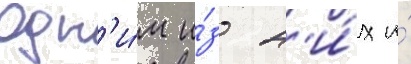
Одн'и́м и́з н'и́х и́